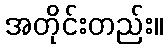
အတိုင်းတည်း။